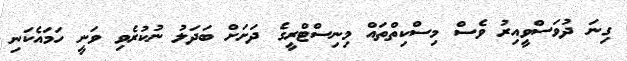
ގިނަ ދުވަސްވީއިރު ވެސް މިސްކިތްތައް މިނިސްޓްރީގެ ދަށަށް ބަދަލު ނުކުރެވި ވަނީ ހަމައެކަނި